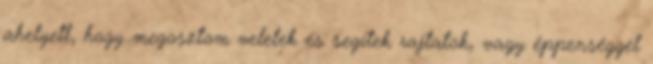
ahelyett, hogy megosztom veletek és segítek rajtatok, vagy éppenséggel